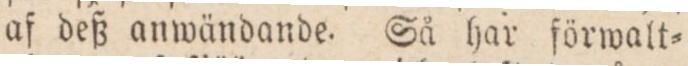
af deß anwändande. Så har förwalt=